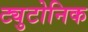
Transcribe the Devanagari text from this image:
ट्युटोनिक